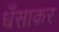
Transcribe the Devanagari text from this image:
धँसाकर